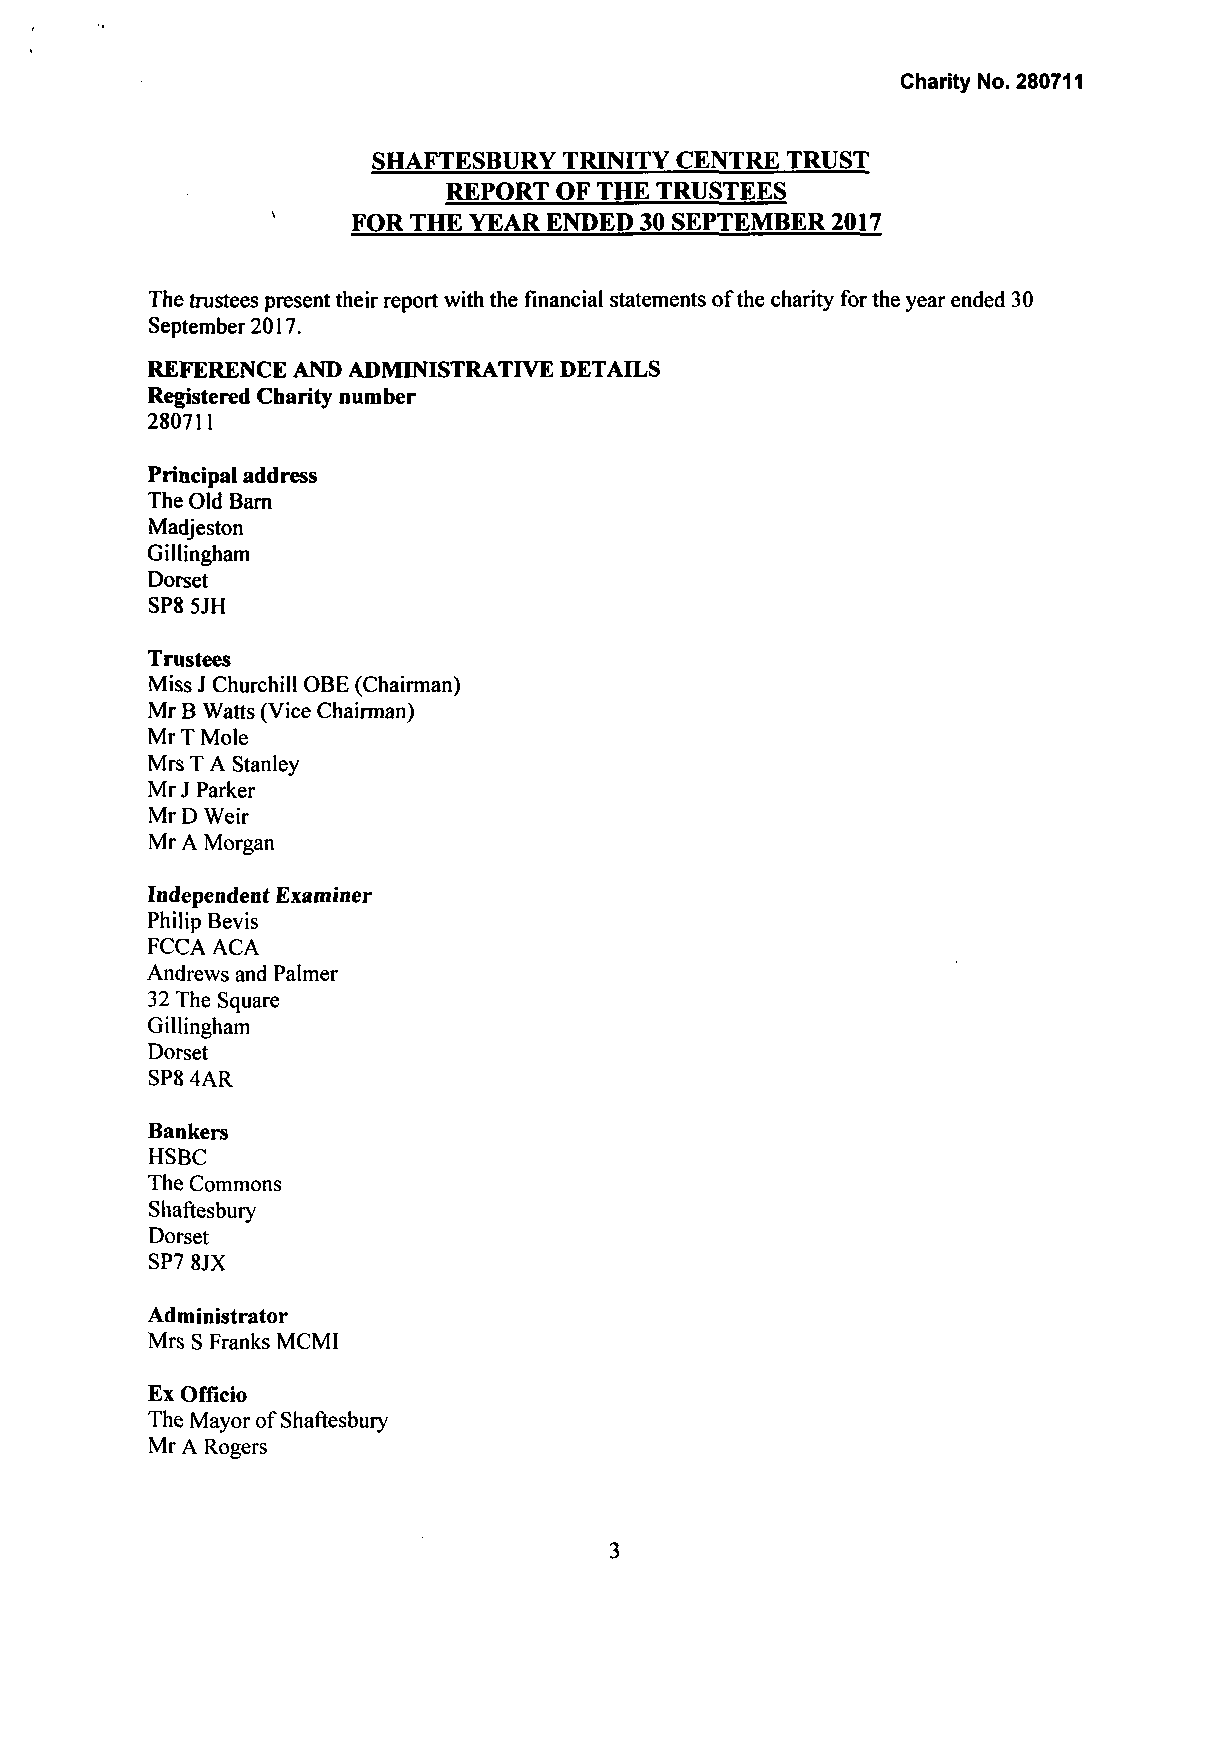
Charity No. 280711
 SHAFTESBURY TRINITY CENTRE TRUST
 REPORT OF THE TRUSTEES
 FOR THE YEAR ENDED 30 SEPTEMBER 2017
 The trustees present their report with the financial statements of the charity for the year ended 30
 September 2017.
 REFERENCE AND ADMINISTRATIVE DETAILS
 Registered Charity number
 280711
 Principal address
 The Old Barn
 Madjeston
 Gillingham
 Dorset
 SP8 5JH
 Trustees
 Miss J Churchill OBE (Chairman)
 Mr B Watts (Vice Chairman)
 Mr T Mole
 Mrs T A Stanley
 Mr J Parker
 Mr D Weir
 Mr A Morgan
 Independent Examiner
 Philip Bevis
 FCCA ACA
 Andrews and Palmer
 32 The Square
 Gillingham
 Dorset
 SP8 4AR
 Bankers
 HSBC
 The Commons
 Shaftesbury
 Dorset
 SP7 8JX
 Administrator
 Mrs S Franks MCMI
 Ex Officio
 The Mayor of Shaftesbury
 Mr A Rogers
 3